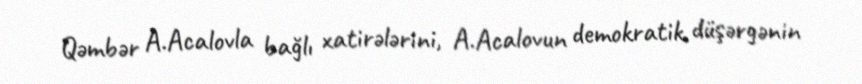
Qəmbər A.Acalovla bağlı xatirələrini, A.Acalovun demokratik düşərgənin